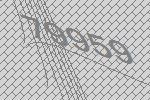
79959